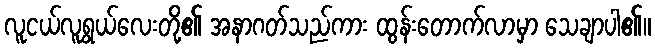
လူငယ်လူရွယ်လေးတို့၏ အနာဂတ်သည်ကား ထွန်းတောက်လာမှာ သေချာပါ၏။